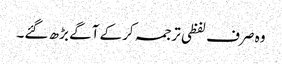
وہ صرف لفظی ترجمہ کرکے آگے بڑھ گئے۔